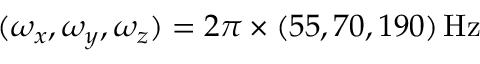
( \omega _ { x } , \omega _ { y } , \omega _ { z } ) = 2 \pi \times ( 5 5 , 7 0 , 1 9 0 ) \, \mathrm { H z }